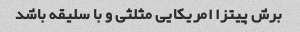
برش پیتزا امریکایی مثلثی و با سلیقه باشد